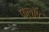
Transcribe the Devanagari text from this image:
फ्लाॅप